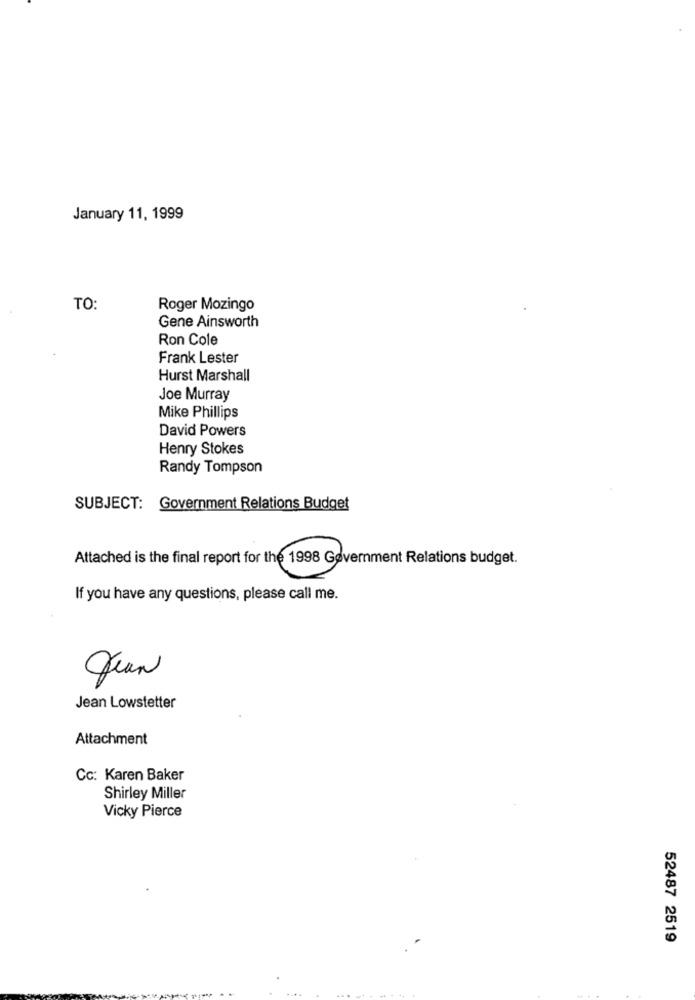
January 11, 1999
TO:
Roger Mozingo
Gene Ainsworth
Ron Cole
Frank Lester
Hurst Marshall
Joe Murray
Mike Phillips
David Powers
Henry Stokes
Randy Tompson
SUBJECT: Government Relations Budget
Attached is the final report for the 1998 Government Relations budget.
If you have any questions, please call me.
Juan
Jean Lowstetter
Attachment
Cc: Karen Baker
Shirley Miller
Vicky Pierce
52487 2519